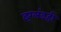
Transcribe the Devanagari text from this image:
इंग्लंडही